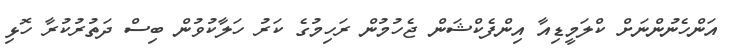
އަންހެނުންނަށް ކްލަމީޑިއާ އިންފެކްޝަން ޖެހުމުން ރަހިމުގެ ކަރު ހަލާކުވުން ބިސް ދަތުރުކުރާ ހޮޅި